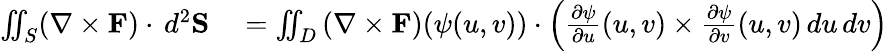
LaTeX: \begin{array}{rl}{\iint_{S}(\nabla\times\mathbf{F})\cdot\, d^{2}\mathbf{S}}&{{}=\iint_{D}{(\nabla\times\mathbf{F})(\psi(u,v))\cdot\left({\frac{\partial\psi}{\partial u}}(u,v)\times{\frac{\partial\psi}{\partial v}}(u,v)\, du\, dv\right)}}\end{array}